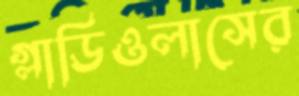
গ্লাডিওলাসের